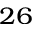
^ { 2 6 }